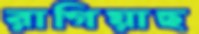
রাগিয়াছ